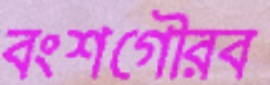
বংশগৌরব